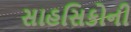
સાહસિકોની